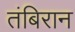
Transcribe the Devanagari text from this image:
तंबिरान